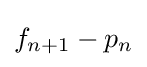
f_{n+1}-p_{n}